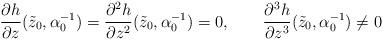
LaTeX: \begin{align*}\frac{\partial h}{\partial z}(\tilde{z}_{0},\alpha_{0}^{-1})=\frac{\partial^{2}h}{\partial z^{2}}(\tilde{z}_{0},\alpha_{0}^{-1})=0,\qquad\frac{\partial^{3}h}{\partial z^{3}}(\tilde{z}_{0},\alpha_{0}^{-1})\neq0\end{align*}